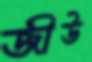
জীউ